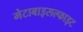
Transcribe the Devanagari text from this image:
मेटाबाइसल्फाइट